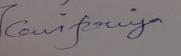
Signature authenticity: genuine